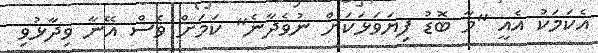
އެކަމަކު އެއީ "މާ ބޮޑު ފިޔަވަޅަކަށް ނުވެދާނެ" ކަމަށް ވެސް އޭނާ ވިދާޅުވި